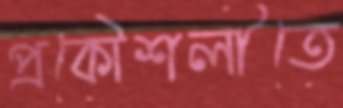
প্রকৌশলীতে